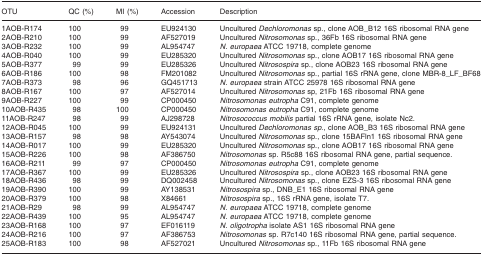
<table><thead><tr><td><b>OTU</b></td><td><b>QC (%)</b></td><td><b>MI (%)</b></td><td><b>Accession</b></td><td><b>Description</b></td></tr></thead><tbody><tr><td>1AOB-R174</td><td>100</td><td>99</td><td>EU924130</td><td>Uncultured <i>Dechloromonas</i> sp., clone AOB_B12 16S ribosomal RNA gene</td></tr><tr><td>2AOB-R210</td><td>100</td><td>99</td><td>AF527019</td><td>Uncultured <i>Nitrosomonas</i> sp., 36Fb 16S ribosomal RNA gene</td></tr><tr><td>3AOB-R232</td><td>100</td><td>99</td><td>AL954747</td><td><i>N. europaea</i> ATCC 19718, complete genome</td></tr><tr><td>4AOB-R040</td><td>100</td><td>99</td><td>EU285320</td><td>Uncultured <i>Nitrosomonas</i> sp., clone AOB17 16S ribosomal RNA gene</td></tr><tr><td>5AOB-R377</td><td>99</td><td>99</td><td>EU285326</td><td>Uncultured <i>Nitrosospira</i> sp., clone AOB23 16S ribosomal RNA gene</td></tr><tr><td>6AOB-R186</td><td>100</td><td>98</td><td>FM201082</td><td>Uncultured <i>Nitrosomonas</i> sp., partial 16S rRNA gene, clone MBR-8_LF_BF68</td></tr><tr><td>7AOB-R373</td><td>98</td><td>96</td><td>GQ451713</td><td><i>N. europaea</i> strain ATCC 25978 16S ribosomal RNA gene</td></tr><tr><td>8AOB-R167</td><td>100</td><td>97</td><td>AF527014</td><td>Uncultured <i>Nitrosomonas</i> sp, 21Fb 16S ribosomal RNA gene</td></tr><tr><td>9AOB-R227</td><td>100</td><td>99</td><td>CP000450</td><td><i>Nitrosomonas eutropha</i> C91, complete genome</td></tr><tr><td>10AOB-R435</td><td>98</td><td>100</td><td>CP000450</td><td><i>Nitrosomonas eutropha</i> C91, complete genome</td></tr><tr><td>11AOB-R247</td><td>98</td><td>99</td><td>AJ298728</td><td><i>Nitrosococcus mobilis</i> partial 16S rRNA gene, isolate Nc2.</td></tr><tr><td>12AOB-R045</td><td>100</td><td>99</td><td>EU924131</td><td>Uncultured <i>Dechloromonas sp</i>., clone AOB_B3 16S ribosomal RNA gene</td></tr><tr><td>13AOB-R157</td><td>98</td><td>98</td><td>AY543074</td><td>Uncultured <i>Nitrosomonas</i> sp., clone 15BAFln1 16S ribosomal RNA gene</td></tr><tr><td>14AOB-R017</td><td>100</td><td>99</td><td>EU285320</td><td>Uncultured <i>Nitrosomonas</i> sp., clone AOB17 16S ribosomal RNA gene</td></tr><tr><td>15AOB-R226</td><td>100</td><td>98</td><td>AF386750</td><td><i>Nitrosomonas</i> sp. R5c88 16S ribosomal RNA gene, partial sequence.</td></tr><tr><td>16AOB-R211</td><td>99</td><td>97</td><td>CP000450</td><td><i>Nitrosomonas eutropha</i> C91, complete genome</td></tr><tr><td>17AOB-R367</td><td>100</td><td>99</td><td>EU285326</td><td>Uncultured <i>Nitrosospira</i> sp., clone AOB23 16S ribosomal RNA gene</td></tr><tr><td>18AOB-R436</td><td>98</td><td>99</td><td>DQ002458</td><td>Uncultured <i>Nitrosomonas</i> sp., clone EZS-3 16S ribosomal RNA gene</td></tr><tr><td>19AOB-R390</td><td>100</td><td>99</td><td>AY138531</td><td><i>Nitrosospira</i> sp., DNB_E1 16S ribosomal RNA gene</td></tr><tr><td>20AOB-R379</td><td>100</td><td>98</td><td>X84661</td><td><i>Nitrosospira</i> sp., 16S rRNA gene, isolate T7.</td></tr><tr><td>21AOB-R29</td><td>98</td><td>99</td><td>AL954747</td><td><i>N. europaea</i> ATCC 19718, complete genome</td></tr><tr><td>22AOB-R439</td><td>100</td><td>95</td><td>AL954747</td><td><i>N. europaea</i> ATCC 19718, complete genome</td></tr><tr><td>23AOB-R168</td><td>100</td><td>97</td><td>EF016119</td><td><i>N. oligotropha</i> isolate AS1 16S ribosomal RNA gene</td></tr><tr><td>24AOB-R216</td><td>100</td><td>97</td><td>AF386753</td><td><i>Nitrosomonas</i> sp. R7c140 16S ribosomal RNA gene, partial sequence.</td></tr><tr><td>25AOB-R183</td><td>100</td><td>98</td><td>AF527021</td><td>Uncultured <i>Nitrosomonas</i> sp., 11Fb 16S ribosomal RNA gene</td></tr></tbody></table>